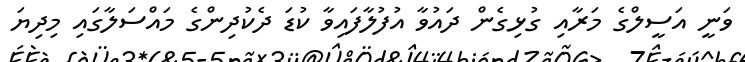
ވަނީ އަސީލްގެ މަރާއި ގުޅިގެން ދައުވާ އުފުލާފައިވާ ކުޑަ ދެކުދިންގެ މައްސަލާގައި މިދިޔަ